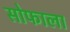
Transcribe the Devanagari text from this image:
सोफाला